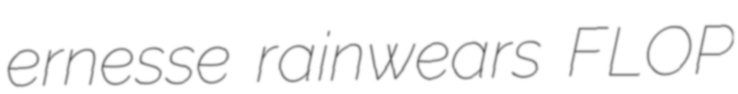
ernesse rainwears FLOP